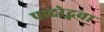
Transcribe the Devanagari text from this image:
पादोद्भवा